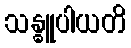
သန္ဓူပါယတိ